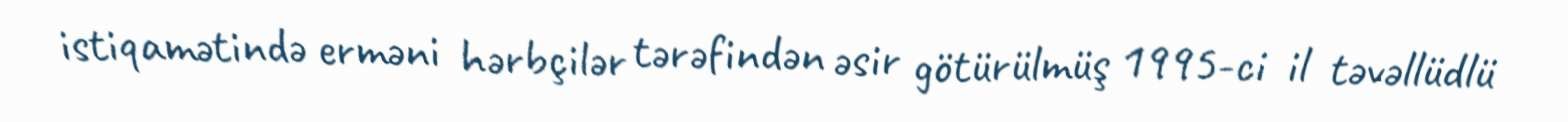
istiqamətində erməni hərbçilər tərəfindən əsir götürülmüş 1995-ci il təvəllüdlü